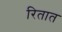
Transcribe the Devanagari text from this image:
रितात